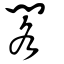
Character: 閣